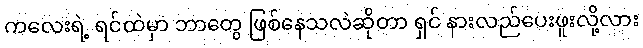
ကလေးရဲ့ ရင်ထဲမှာ ဘာတွေ ဖြစ်နေသလဲဆိုတာ ရှင် နားလည်ပေးဖူးလို့လား